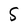
Character: S